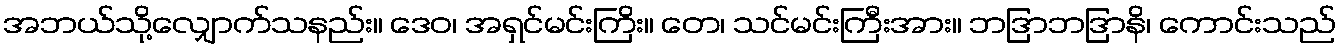
အဘယ်သို့လျှောက်သနည်း။ ဒေဝ၊ အရှင်မင်းကြိး။ တေ၊ သင်မင်းကြီးအား။ ဘဒြာဘဒြာနိ၊ ကောင်းသည်